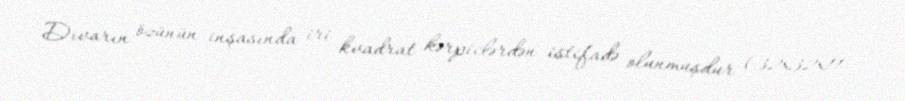
Divarın özünün inşasında iri kvadrat kərpiclərdən istifadə olunmuşdur (32x32x11